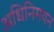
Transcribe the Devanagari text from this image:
अधिनिमयन